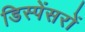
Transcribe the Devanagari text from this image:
डिस्पेंसरों